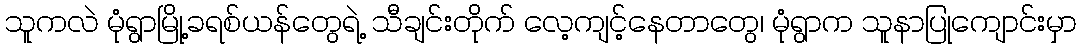
သူကလဲ မုံရွာမြို့ခရစ်ယန်တွေရဲ့ သီချင်းတိုက် လေ့ကျင့်နေတာတွေ၊ မုံရွာက သူနာပြုကျောင်းမှာ